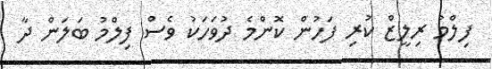
ފިލްމު ރިލީޒް ކުރި ފަހުން ކޮންމެ ދުވަހަކު ވެސް ފިލްމު ބަލަން ދާ